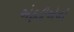
એફડીએનો